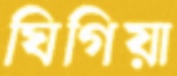
ঘিগিয়া